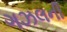
ગઝલની